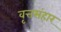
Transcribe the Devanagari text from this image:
वृत्तसंहार